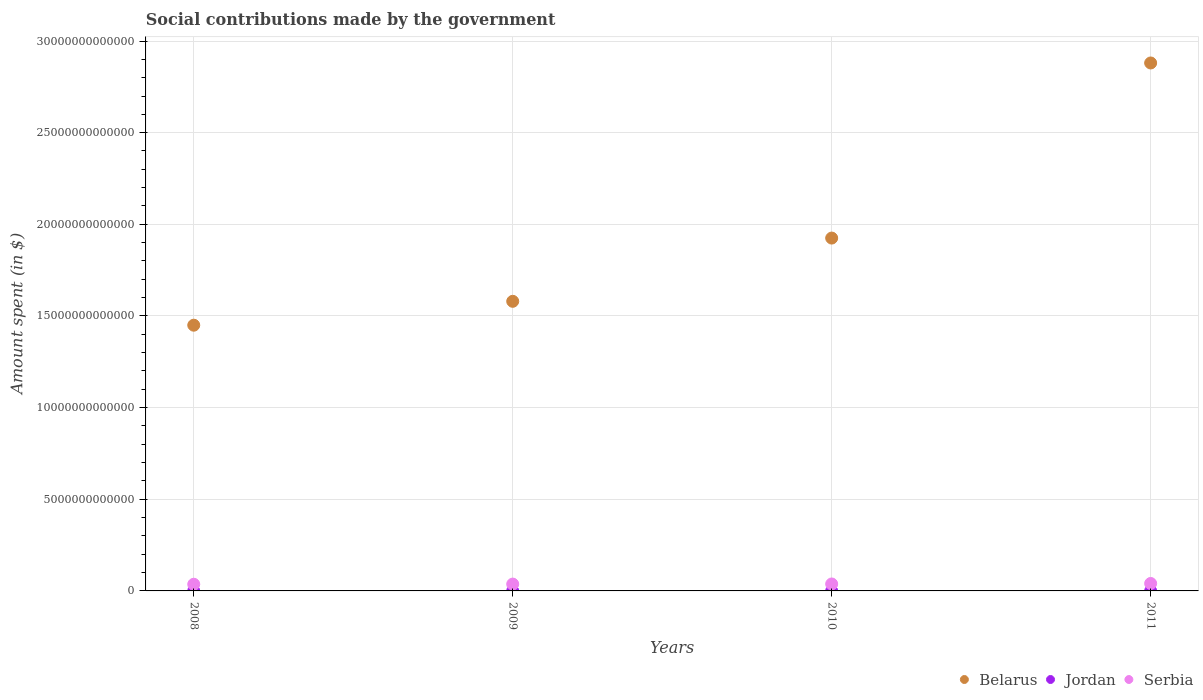
| Years | Belarus | Jordan | Serbia |
 | --- | --- | --- | --- |
 | 2008 | 1.45e+13 | 2.12e+07 | 3.64e+11 |
 | 2009 | 1.58e+13 | 2.05e+07 | 3.73e+11 |
 | 2010 | 1.92e+13 | 2.07e+07 | 3.79e+11 |
 | 2011 | 2.88e+13 | 2.07e+07 | 4.07e+11 |